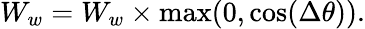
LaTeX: W_{w}=W_{w}\times\operatorname*{max}(0,\cos(\Delta\theta)).